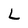
Character: L